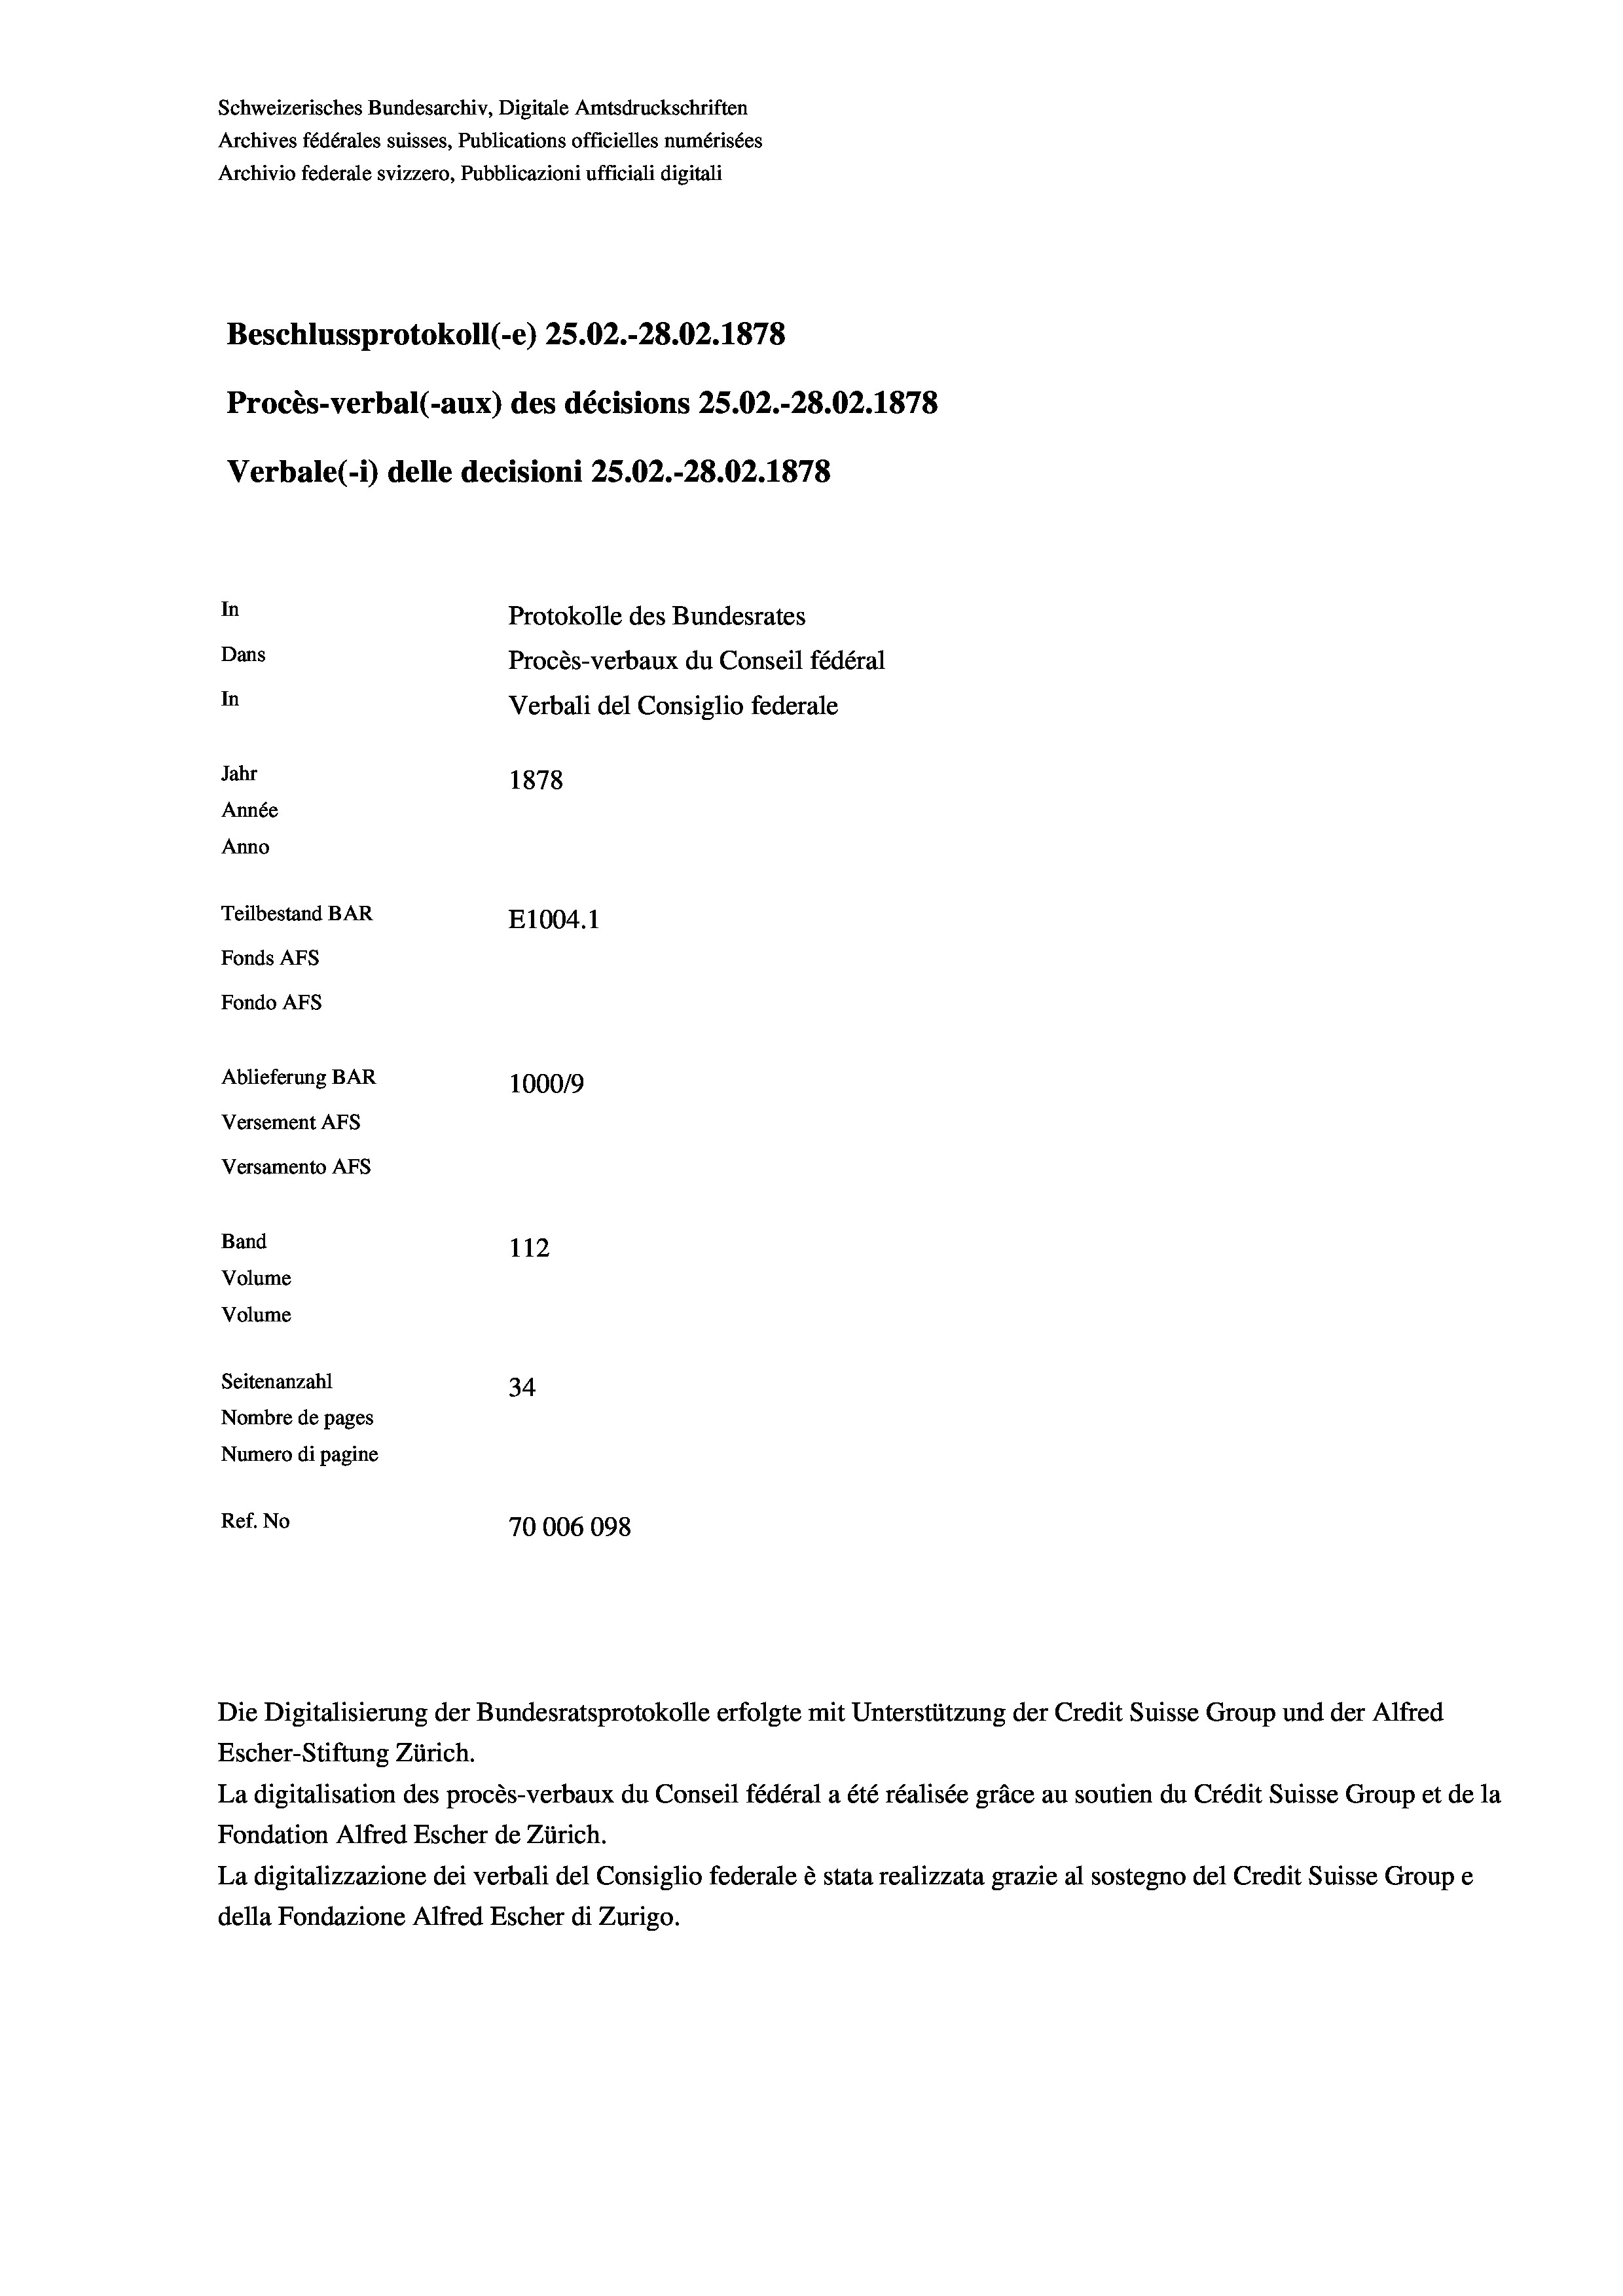
Schweizerisches Bundesarchiv, Digitale Amtsdruckschriften
Archives fédérales suisses, Publications officielles numérisées
Archivio federale svizzero, Pubblicazioni ufficiali digitali
Beschlussprotokoll (-e) 25.02.-28.02. 1878
Procès-verbal (-aux) des décisions 25.02.-28.02. 1878
Verbale(-*) delle decisioni 25.02.-28.02. 1878
In
Protokolle des Bundesrates
Dans
Procès-verbaux du Conseil fédéral
In
Verbali del Consiglio federale
Jahr
1878
Année
Anno
Teilbestand BAR
E1004. 1
Fonds AFs
Fondo Afs
Ablieferung BAR
100019
Versement AFs
Versamento AFS
Band
112
Volume
Volume
Seitenanzahl
34
Nombre de pages
Numero di pagine
Ref. No
70006098

Escher-Stiftung Zürich.
La digitalisation des procès-verbaux du Conseil fédéral a été réalisée gräce au soutien du Crédit Suisse Group et de la
Fondation Alfred Escher de Zürich.
La digitalizzazione dei verbali del Consiglio federale è stata realizzata grazie al sostegno del Credit Suisse Groupe
della Fondazione Alfred Escher di Zurigo.

Die Digitalisierung der Bundesratsprotokolle erfolgte mit Unterstützung der Credit Suisse Group und der Alfred